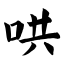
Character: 哄